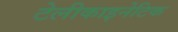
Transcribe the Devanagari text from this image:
टेलीकाइनेटिक